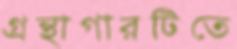
গ্রন্থাগারটিতে